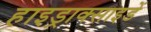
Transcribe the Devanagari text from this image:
हाइड्राक्साइडें